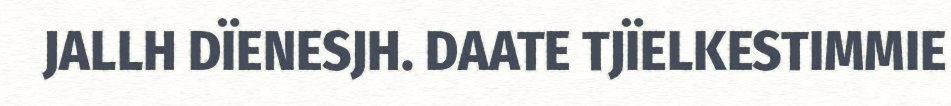
JALLH DÏENESJH. DAATE TJÏELKESTIMMIE